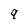
Character: 9